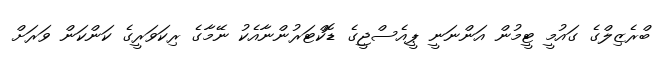
ބްރެޒިލްގެ ގައުމީ ޓީމުން އަންނަނީ ޕީއެސްޖީގެ ޑޮކްޓަރުންނާއެކު ނޭމާގެ ރިކަވަރީގެ ކަންކަން ވަރަށް